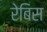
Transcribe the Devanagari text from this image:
रेबिस